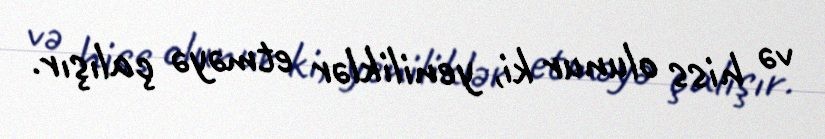
və hiss olunur ki, yeniliklər etməyə çalışır.